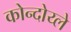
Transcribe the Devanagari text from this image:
कोन्दोय्ले